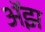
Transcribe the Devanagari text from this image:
अॅझ